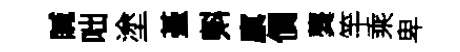
贓咄塗䑓㪺廪價龔竿乘卑